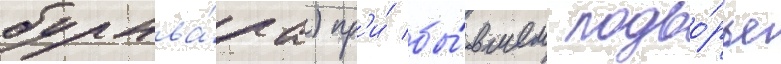
бульва́ра) пр'и́ бы́вшем подво́рье